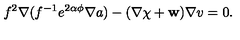
f ^ { 2 } \nabla ( f ^ { - 1 } e ^ { 2 \alpha \phi } \nabla a ) - ( \nabla \chi + { \bf w } ) \nabla v = 0 .